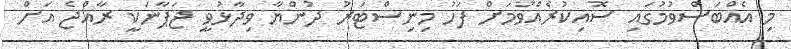
މި އެއްބަސްވުމުގައި ސޮއިކުރެއްވުމަށް ފަހު މިނިސްޓަރު ދުންޔާ ވިދާޅުވީ ޖަޕާނަކީ ރާއްޖެ އަށް